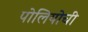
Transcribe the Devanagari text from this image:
पोलियोची